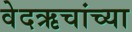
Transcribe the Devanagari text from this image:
वेदऋचांच्या